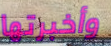
وأخبرتها